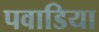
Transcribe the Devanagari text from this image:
पवाडिया